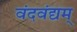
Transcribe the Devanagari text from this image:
वंदवंद्यम्